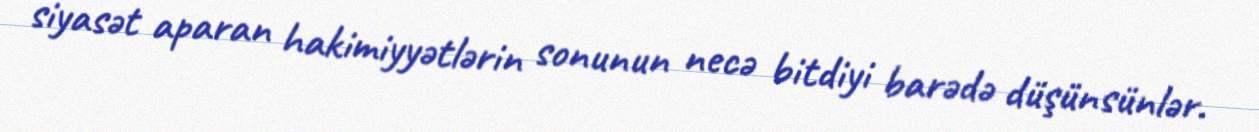
siyasət aparan hakimiyyətlərin sonunun necə bitdiyi barədə düşünsünlər.